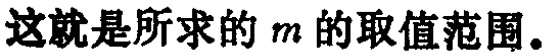
这就是所求的 \(m\) 的取值范围。